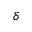
\delta